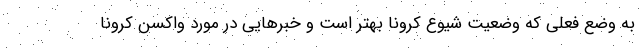
به وضع فعلی که وضعیت شیوع کرونا بهتر است و خبرهایی در مورد واکسن کرونا